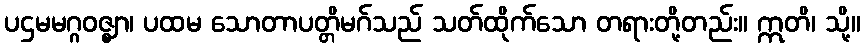
ပဌမမဂ္ဂဝဇ္ဈာ၊ ပထမ သောတာပတ္တိမဂ်သည် သတ်ထိုက်သော တရားတို့တည်း။ ဣတိ၊ သို့။